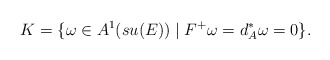
\begin{align*} K=\{\omega \in A^1(su(E))\mid F^+\omega=d_A^*\omega=0\}. \end{align*}